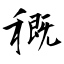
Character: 穊